system: You are a helpful assistant.
user:
Analyze the provided spectrum to determine if it is a **"Cataclysmic Variables (CV)"**.

- **Key Indicators for CV (Check for either state):**
    - **State 1: Quiescent / Low-State (Emission-Dominated)**
        - **(Primary):** Strong and *very broad* Hydrogen Balmer emission lines (e.g., $H\alpha$ at 6563 Å, $H\beta$ at 4861 Å). The 'broadness' (high velocity dispersion, often FWHM > 1000 km/s) is the key diagnostic, indicating a high-velocity accretion disk.
        - **(Secondary):** Broad neutral Helium (He I) emission lines (e.g., 5876 Å, 6678 Å).
        - **(Key Confirmation):** Presence of high-excitation *ionized* Helium (He II) emission at 4686 Å. This is a strong indicator of accretion onto a white dwarf.
        - **(Line Profile):** Emission lines may exhibit a 'double-peaked' profile, which is a classic signature of a rotating accretion disk viewed at high inclination.

    - **State 2: Outburst / High-State (Absorption-Dominated)**
        - **(Primary):** Spectrum is dominated by a bright, blue continuum (looks like a hot star).
        - **(Secondary):** The emission lines from State 1 are weak, absent, or 'filled in', and are replaced by broad, shallow *absorption* lines (primarily Balmer and He I).
        - **(Morphology):** The overall spectrum mimics a hot B/A-type star. The crucial difference is that the absorption lines are significantly broader, shallower, and more 'washed-out' (or 'smeared') than the sharp lines of a normal stellar photosphere, due to high rotational speeds and pressure broadening in the disk.

Think first, call **spectral_visualization_tool** if needed to examine features in detail, then provide your final answer. Your response must adhere to the following strict rules:
1.  **Overall Structure:** Your response must follow the format `<think>...</think> <tool_call>...</tool_call> (if a tool is used) <answer>...</answer>`.
2.  **Tool Usage Constraint:** You may only make **one** tool call per turn.
3.  **Final Answer Format:** In the `<answer>` tag, your conclusion must be inside a `\boxed{}` command (e.g., `\boxed{YES}`), followed by your justification.

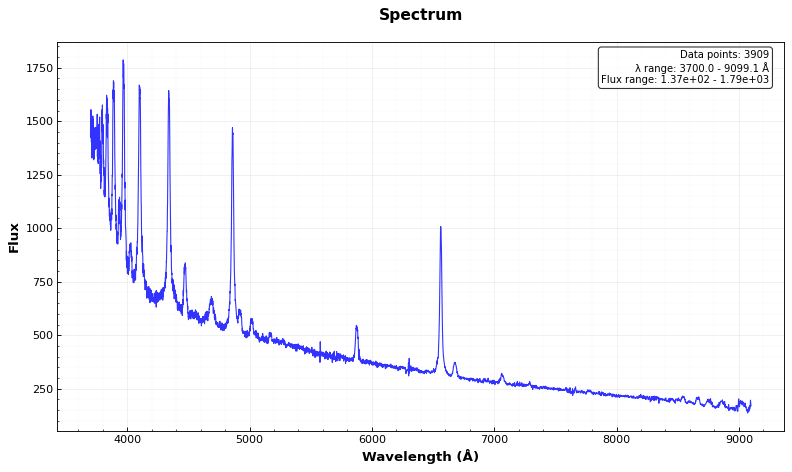
Answer: YES